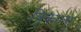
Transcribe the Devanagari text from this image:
त्रिकाला